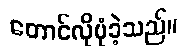
တောင်လိုပုံခဲ့သည်။